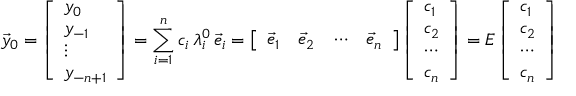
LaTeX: { \vec { y } } _ { 0 } = { \left[ \begin{array} { l } { y _ { 0 } } \\ { y _ { - 1 } } \\ { \vdots } \\ { y _ { - n + 1 } } \end{array} \right] } = \sum _ { i = 1 } ^ { n } { c _ { i } \, \lambda _ { i } ^ { 0 } \, { \vec { e } } _ { i } } = { \left[ \begin{array} { l l l l } { { \vec { e } } _ { 1 } } & { { \vec { e } } _ { 2 } } & { \cdots } & { { \vec { e } } _ { n } } \end{array} \right] } \, { \left[ \begin{array} { l } { c _ { 1 } } \\ { c _ { 2 } } \\ { \cdots } \\ { c _ { n } } \end{array} \right] } = E \, { \left[ \begin{array} { l } { c _ { 1 } } \\ { c _ { 2 } } \\ { \cdots } \\ { c _ { n } } \end{array} \right] }